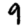
Digit: 9